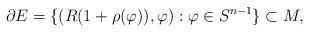
LaTeX: \begin{align*}\partial E=\{(R(1+\rho(\varphi)),\varphi):\varphi\in S^{n-1}\}\subset M,\end{align*}